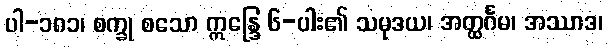
ပါ-၁၈၁၊ စက္ခု စသော ဣန္ဒြေ ၆-ပါး၏ သမုဒယ၊ အတ္ထင်္ဂမ၊ အဿာဒ၊